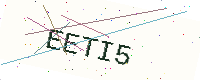
Text: EETI5